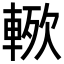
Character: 𮝗